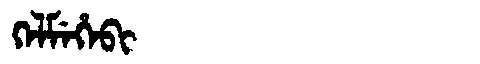
Manchu: ᡴᡝᠯᠮᡝᡥᡝᠪᡳ
Romanization: KELMEHEBI